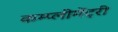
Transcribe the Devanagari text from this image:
कम्प्लीमेंट्री